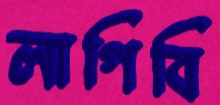
লাগিবি